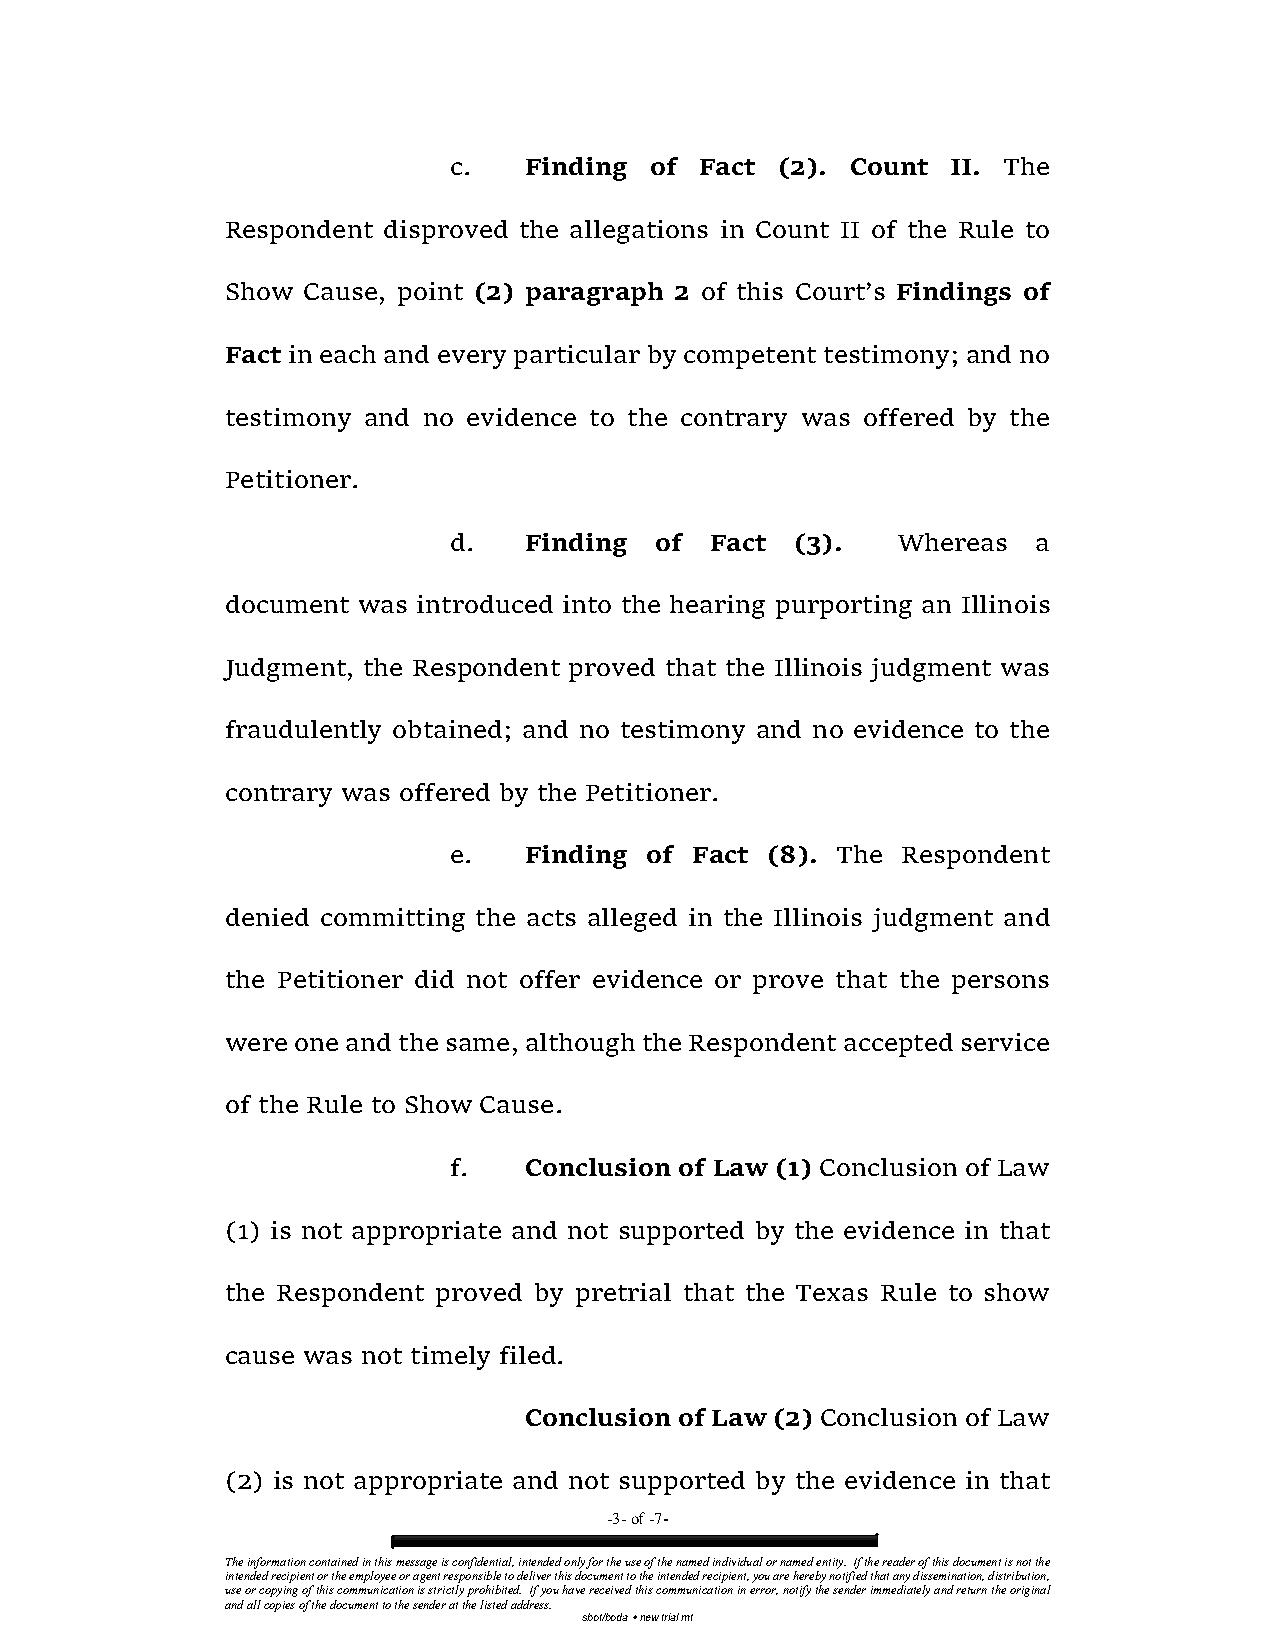
c.   Finding of Fact (2). Count  II. The
 Respondent disproved the allegations in Count II of the Rule to
 Show Cause, point (2) paragraph 2 of this Court’s Findings of
 Fact in each and every particular by competent testimony; and no
 testimony and no evidence to the contrary was offered by the
 Petitioner.
 d.   Finding of  Fact  (3).  Whereas   a
 document was introduced into the hearing purporting an Illinois
 Judgment, the Respondent proved that the Illinois judgment was
 fraudulently obtained; and no testimony and no evidence to the
 contrary was offered by the Petitioner.
 e.   Finding of Fact (8). The Respondent
 denied committing the acts alleged in the Illinois judgment and
 the Petitioner did not offer evidence or prove that the persons
 were one and the same, although the Respondent accepted service
 of the Rule to Show Cause.
 f.   Conclusion of Law (1) Conclusion of Law
 (1) is not appropriate and not supported by the evidence in that
 the Respondent proved by pretrial that the Texas Rule to show
 cause was not timely filed.
 Conclusion of Law (2) Conclusion of Law
 (2) is not appropriate and not supported by the evidence in that
 -3- of -7-
 The information contained in this message is confidential, intended only for the use of the named individual or named entity. If the reader of this document is not the
 intended recipient or the employee or agent responsible to deliver this document to the intended recipient, you are hereby notified that any dissemination, distribution,
 use or copying of this communication is strictly prohibited. If you have received this communication in error, notify the sender immediately and return the original
 and all copies of the document to the sender at the listed address.
 sbot/boda  new trial mt